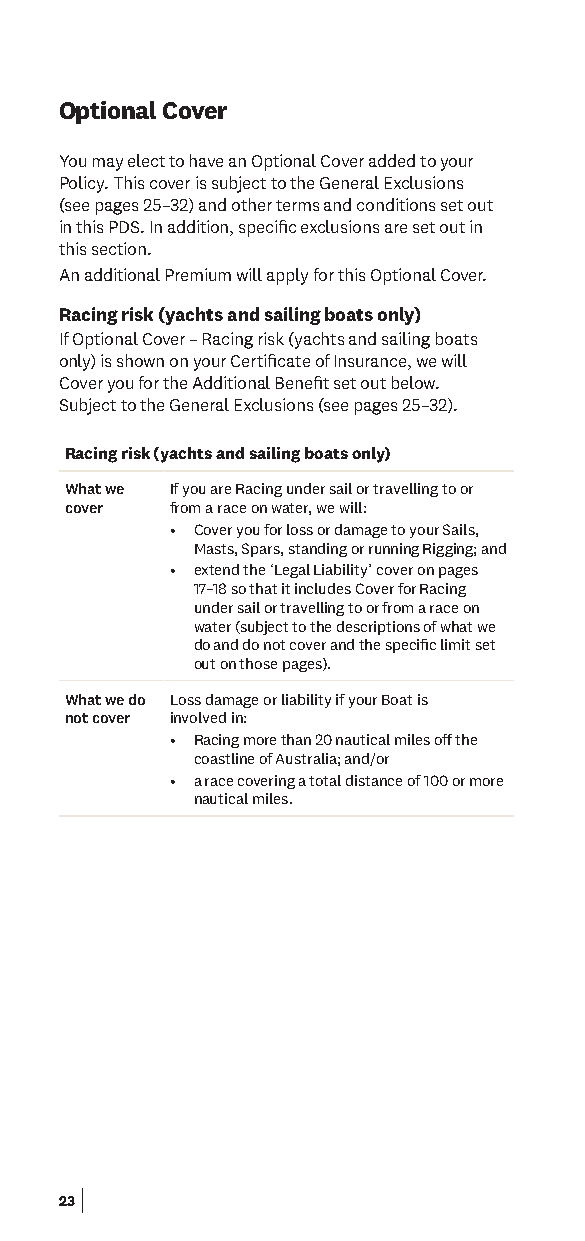
Optional Cover
 You may elect to have an Optional Cover added to your
 Policy. This cover is subject to the General Exclusions
 (see pages 25–32) and other terms and conditions set out
 in this PDS. In addition, specifc exclusions are set out in
 this section.
 An additional Premium will apply for this Optional Cover.
 Racing risk (yachts and sailing boats only)
 If Optional Cover – Racing risk (yachts and sailing boats
 only) is shown on your Certifcate of Insurance, we will
 Cover you for the Additional Beneft set out below.
 Subject to the General Exclusions (see pages 25–32).
 Racing risk (yachts and sailing boats only)
 What we If you are Racing under sail or travelling to or
 cover  from a race on water, we will:
 • Cover you for loss or damage to your Sails,
 Masts, Spars, standing or running Rigging; and
 • extend the ‘Legal Liability’ cover on pages
 17–18 so that it includes Cover for Racing
 under sail or travelling to or from a race on
 water (subject to the descriptions of what we
 do and do not cover and the specifc limit set
 out on those pages).
 What we do Loss damage or liability if your Boat is
 not cover involved in:
 • Racing more than 20 nautical miles of the
 coastline of Australia; and/or
 • a race covering a total distance of 100 or more
 nautical miles.
 23